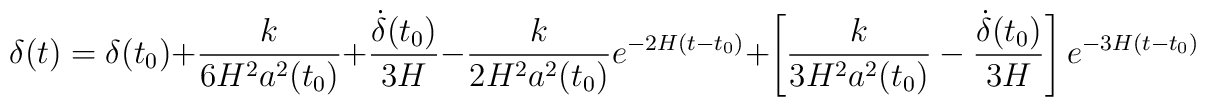
\delta(t)=\delta(t_0)+\frac{k}{6H^2a^2(t_0)}+\frac{\dot{\delta}(t_0)}{3H}-\frac{k}{2H^2a^2(t_0)}e^{-2H(t-t_0)}+\left[\frac{k}{3H^2a^2(t_0)}-\frac{\dot{\delta}(t_0)}{3H}\right]e^{-3H(t-t_0)}